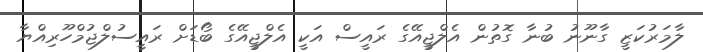
ލާމަރުކަޒީ ގާނޫނު ބުނާ ގޮތުން އެލްޖީއޭގެ ރައީސް އަކީ އެލްޖީއޭގެ ބޯޑަށް ރައީސުލްޖުމްހޫރިއްޔާ